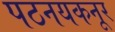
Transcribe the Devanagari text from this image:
पठनयकनूर